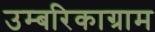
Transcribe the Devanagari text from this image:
उम्बरिकाग्राम